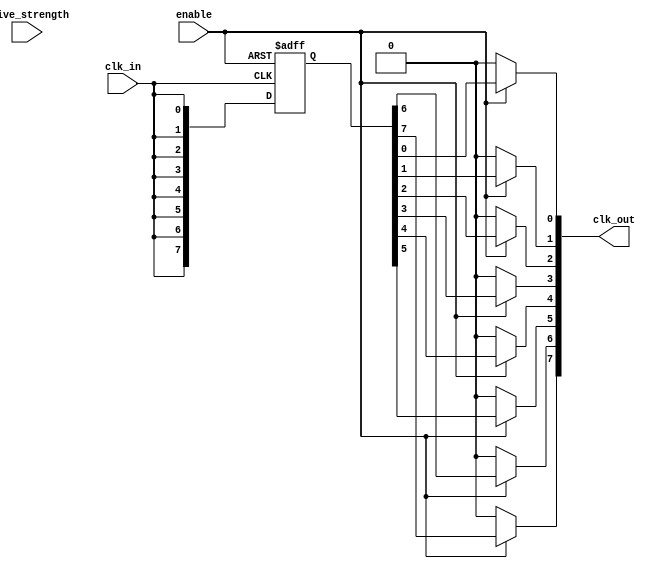
module high_fanout_clock_buffer (
    input wire clk_in,               // Incoming clock signal
    input wire enable,               // Enable signal for the buffer
    input wire [1:0] drive_strength, // Drive strength control
    output wire [N-1:0] clk_out      // Multiple clock outputs
);
    parameter N = 8;                 // Number of outputs
    parameter DELAY = 1;             // Propagation delay (in simulation units)

    // Internal signals for buffering
    wire clk_buf;
    reg [N-1:0] clk_reg;

    // Input Stage: Conditioning the incoming clock signal
    always @(posedge clk_in or negedge enable) begin
        if (!enable) begin
            clk_reg <= {N{1'b0}}; // Disable all outputs when not enabled
        end else begin
            clk_reg <= {N{clk_buf}}; // Load the buffered clock signal
        end
    end

    // Buffering Stage: Amplifying the clock signal
    assign #DELAY clk_buf = clk_in; // Simulated propagation delay

    // Output Stage: Distributing the clock signal to outputs
    genvar i;
    generate
        for (i = 0; i < N; i = i + 1) begin : clk_output
            assign clk_out[i] = (enable) ? clk_reg[i] : 1'b0; // Drive outputs based on enable
        end
    endgenerate

    // Control Logic: Adjusting drive strength (simple example)
    always @(drive_strength) begin
        case (drive_strength)
            2'b00: begin
                // Low drive strength (not implemented in this simple model)
            end
            2'b01: begin
                // Medium drive strength (not implemented in this simple model)
            end
            2'b10: begin
                // High drive strength (not implemented in this simple model)
            end
            default: begin
                // Default case (not implemented in this simple model)
            end
        endcase
    end

endmodule